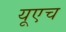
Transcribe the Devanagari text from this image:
यूएच